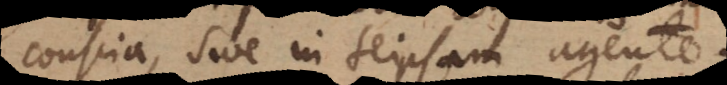
conscia, sive in seipsam agente.